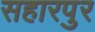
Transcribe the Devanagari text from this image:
सहारपुर